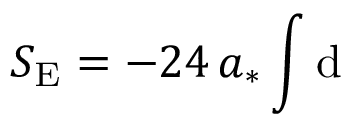
S _ { \mathrm { E } } = - 2 4 \, a _ { * } \int \mathrm { d }